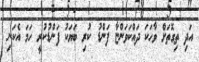
އަދި ތިގޮތަށް ވާހަކަ ދައްކަވަންޏާ ފަންޑު ކުރި ބަޔަކު ފަންޑުކުރީ ހަމަ އެކަނި